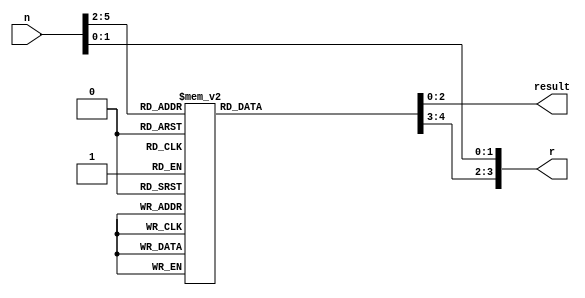
`timescale 1ns / 1ps
//////////////////////////////////////////////////////////////////////////////////
// Company: 
// Engineer: 
// 
// Design Name: 
// Module Name: tuner_divideby12
// Project Name: 
// Target Devices: 
// Tool Versions: 
// Description: 
// 
// Dependencies: 
// 
// Revision:
// Revision 0.01 - File Created
// Additional Comments:
// 
//////////////////////////////////////////////////////////////////////////////////


module tuner_divideby12( input[5:0] n, //numerator
    output reg[2:0] result, //quotient
    output[3:0] r); //remainder
    
    reg[3:0] r_bit3_bit2;
    
    assign r = {r_bit3_bit2, n[1:0]}; //dividing by 4 first, removes 2 bits from numerator
    
    always@(n[5:2]) //dividing the rest of the numerator by 3
    case(n[5:2])
        0: begin result = 0; r_bit3_bit2=0; end
        1: begin result = 0; r_bit3_bit2=1; end
        2: begin result = 0; r_bit3_bit2=2; end
        3: begin result = 1; r_bit3_bit2=0; end
        4: begin result = 1; r_bit3_bit2=1; end
        5: begin result = 1; r_bit3_bit2=2; end
        6: begin result = 2; r_bit3_bit2=0; end
        7: begin result = 2; r_bit3_bit2=1; end
        8: begin result = 2; r_bit3_bit2=2; end
        9: begin result = 3; r_bit3_bit2=0; end
        10: begin result = 3; r_bit3_bit2=1; end
        11: begin result = 3; r_bit3_bit2=2; end
        12: begin result = 4; r_bit3_bit2=0; end
        13: begin result = 4; r_bit3_bit2=1; end
        14: begin result = 4; r_bit3_bit2=2; end
        15: begin result = 5; r_bit3_bit2=0; end
    endcase
    
endmodule